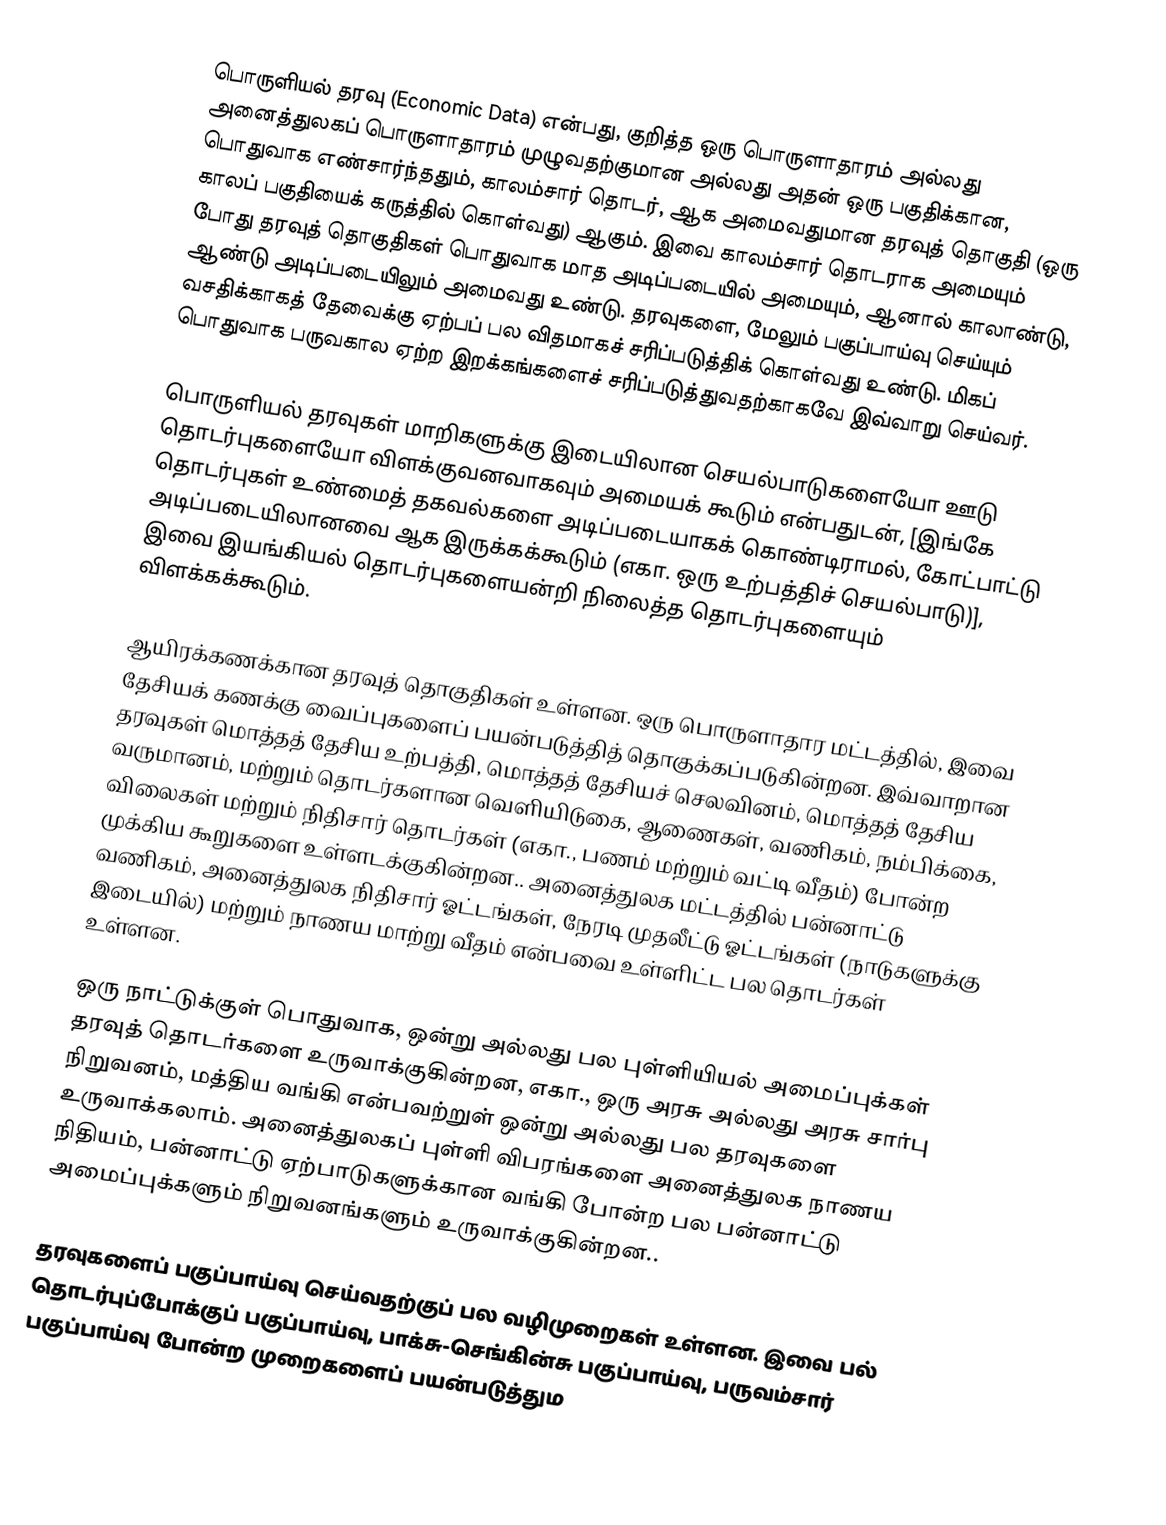
பொருளியல் தரவு (Economic Data) என்பது, குறித்த ஒரு பொருளாதாரம் அல்லது அனைத்துலகப் பொருளாதாரம் முழுவதற்குமான அல்லது அதன் ஒரு பகுதிக்கான, பொதுவாக எண்சார்ந்ததும், காலம்சார் தொடர், ஆக அமைவதுமான தரவுத் தொகுதி (ஒரு காலப் பகுதியைக் கருத்தில் கொள்வது) ஆகும். இவை காலம்சார் தொடராக அமையும் போது தரவுத் தொகுதிகள் பொதுவாக மாத அடிப்படையில் அமையும், ஆனால் காலாண்டு, ஆண்டு அடிப்படையிலும் அமைவது உண்டு. தரவுகளை, மேலும் பகுப்பாய்வு செய்யும் வசதிக்காகத் தேவைக்கு ஏற்பப் பல விதமாகச் சரிப்படுத்திக் கொள்வது உண்டு. மிகப் பொதுவாக பருவகால ஏற்ற இறக்கங்களைச் சரிப்படுத்துவதற்காகவே இவ்வாறு செய்வர்.

பொருளியல் தரவுகள் மாறிகளுக்கு இடையிலான செயல்பாடுகளையோ ஊடு தொடர்புகளையோ விளக்குவனவாகவும் அமையக் கூடும் என்பதுடன், [இங்கே தொடர்புகள் உண்மைத் தகவல்களை அடிப்படையாகக் கொண்டிராமல், கோட்பாட்டு அடிப்படையிலானவை ஆக இருக்கக்கூடும் (எகா. ஒரு உற்பத்திச் செயல்பாடு)], இவை இயங்கியல் தொடர்புகளையன்றி நிலைத்த தொடர்புகளையும் விளக்கக்கூடும்.

ஆயிரக்கணக்கான தரவுத் தொகுதிகள் உள்ளன. ஒரு பொருளாதார மட்டத்தில், இவை தேசியக் கணக்கு வைப்புகளைப் பயன்படுத்தித் தொகுக்கப்படுகின்றன. இவ்வாறான தரவுகள் மொத்தத் தேசிய உற்பத்தி, மொத்தத் தேசியச் செலவினம், மொத்தத் தேசிய வருமானம், மற்றும் தொடர்களான வெளியிடுகை, ஆணைகள், வணிகம், நம்பிக்கை, விலைகள் மற்றும் நிதிசார் தொடர்கள் (எகா., பணம் மற்றும் வட்டி வீதம்) போன்ற முக்கிய கூறுகளை உள்ளடக்குகின்றன.. அனைத்துலக மட்டத்தில் பன்னாட்டு வணிகம், அனைத்துலக நிதிசார் ஓட்டங்கள், நேரடி முதலீட்டு ஓட்டங்கள் (நாடுகளுக்கு இடையில்) மற்றும் நாணய மாற்று வீதம் என்பவை உள்ளிட்ட பல தொடர்கள் உள்ளன.

ஒரு நாட்டுக்குள் பொதுவாக, ஒன்று அல்லது பல புள்ளியியல் அமைப்புக்கள் தரவுத் தொடர்களை உருவாக்குகின்றன, எகா., ஒரு அரசு அல்லது அரசு சார்பு நிறுவனம், மத்திய வங்கி என்பவற்றுள் ஒன்று அல்லது பல தரவுகளை உருவாக்கலாம். அனைத்துலகப் புள்ளி விபரங்களை அனைத்துலக நாணய நிதியம், பன்னாட்டு ஏற்பாடுகளுக்கான வங்கி போன்ற பல பன்னாட்டு அமைப்புக்களும் நிறுவனங்களும் உருவாக்குகின்றன..

தரவுகளைப் பகுப்பாய்வு செய்வதற்குப் பல வழிமுறைகள் உள்ளன. இவை பல் தொடர்புப்போக்குப் பகுப்பாய்வு, பாக்சு-செங்கின்சு பகுப்பாய்வு, பருவம்சார் பகுப்பாய்வு போன்ற முறைகளைப் பயன்படுத்தும